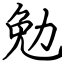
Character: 勉